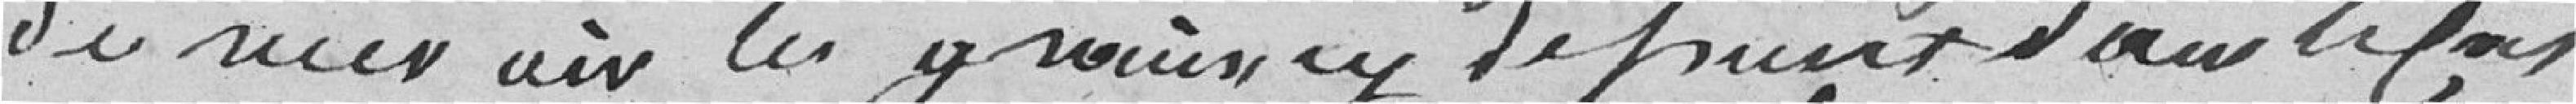
de recevoir les grains, ci de ?? dans le cas